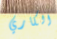
الكاري